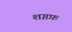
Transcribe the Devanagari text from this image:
शग़फ़